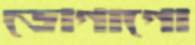
ডোগাগো